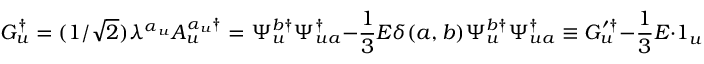
G _ { u } ^ { \dagger } = ( 1 / \sqrt { 2 } ) \lambda ^ { \alpha _ { u } } A _ { u } ^ { \alpha _ { u } \dagger } = \Psi _ { u } ^ { b \dagger } \Psi _ { u a } ^ { \dagger } - \frac 1 3 E \delta ( a , b ) \Psi _ { u } ^ { b \dagger } \Psi _ { u a } ^ { \dagger } \equiv G _ { u } ^ { \prime \dagger } - \frac 1 3 E \cdot 1 _ { u } \qquad \qquad \qquad \qquad \qquad \qquad \qquad \quad